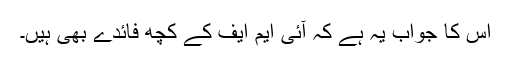
اس کا جواب یہ ہے کہ آئی ایم ایف کے کچھ فائدے بھی ہیں۔